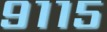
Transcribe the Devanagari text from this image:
९११५